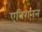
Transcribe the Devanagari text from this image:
एविगनन